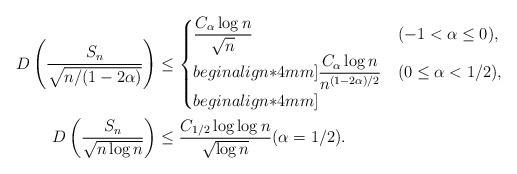
LaTeX: \begin{align*} D\left(\dfrac{S_n}{\sqrt{n/(1-2\alpha)}}\right) &\leq \begin{cases}\dfrac{C_{\alpha} \log n}{\sqrt{n}} & (-1<\alpha\leq 0), \\begin{align*}4mm]\dfrac{C_{\alpha} \log n}{n^{(1-2\alpha)/2}} & (0\leq \alpha<1/2), \\begin{align*}4mm]\end{cases} \\D\left(\dfrac{S_n}{\sqrt{n\log n}}\right) &\leq \dfrac{C_{1/2} \log \log n}{\sqrt{\log n}} (\alpha=1/2).\end{align*}